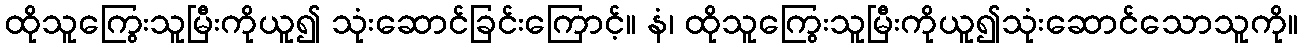
ထိုသူကြွေးသူမြီးကိုယူ၍ သုံးဆောင်ခြင်းကြောင့်။ နံ၊ ထိုသူကြွေးသူမြီးကိုယူ၍သုံးဆောင်သောသူကို။